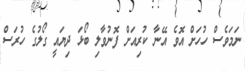
ނަމަވެސް ހުހަށް އޮވެ އޭނާ ކުރިއަށް ފޮނުވާލި ބޯޅަ ދިޔައީ ގޯލުގެ ހުރަސް